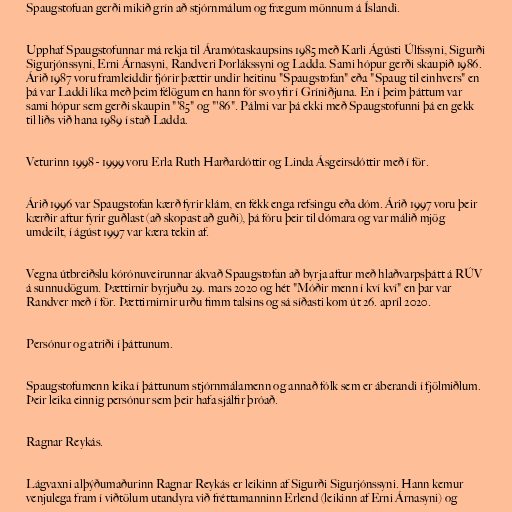
Spaugstofuan gerði mikið grín að stjórnmálum og frægum mönnum á Íslandi.

Upphaf Spaugstofunnar má rekja til Áramótaskaupsins 1985 með Karli Ágústi Úlfssyni, Sigurði
Sigurjónssyni, Erni Árnasyni, Randveri Þorlákssyni og Ladda. Sami hópur gerði skaupið 1986.
Árið 1987 voru framleiddir fjórir þættir undir heitinu "Spaugstofan" eða "Spaug til einhvers" en
þá var Laddi líka með þeim félögum en hann fór svo yfir í Gríniðjuna. En í þeim þáttum var
sami hópur sem gerði skaupin "'85" og "'86". Pálmi var þá ekki með Spaugstofunni þá en gekk
til liðs við hana 1989 í stað Ladda.

Veturinn 1998 - 1999 voru Erla Ruth Harðardóttir og Linda Ásgeirsdóttir með í för.

Árið 1996 var Spaugstofan kærð fyrir klám, en fékk enga refsingu eða dóm. Árið 1997 voru þeir
kærðir aftur fyrir guðlast (að skopast að guði), þá fóru þeir til dómara og var málið mjög
umdeilt, í ágúst 1997 var kæra tekin af.

Vegna útbreiðslu kórónuveirunnar ákvað Spaugstofan að byrja aftur með hlaðvarpsþátt á RÚV
á sunnudögum. Þættirnir byrjuðu 29. mars 2020 og hét "Móðir menn í kví kví" en þar var
Randver með í för. Þættirnirnir urðu fimm talsins og sá síðasti kom út 26. apríl 2020.

Persónur og atriði í þáttunum.

Spaugstofumenn leika í þáttunum stjórnmálamenn og annað fólk sem er áberandi í fjölmiðlum.
Þeir leika einnig persónur sem þeir hafa sjálfir þróað.

Ragnar Reykás.

Lágvaxni alþýðumaðurinn Ragnar Reykás er leikinn af Sigurði Sigurjónssyni. Hann kemur
venjulega fram í viðtölum utandyra við fréttamanninn Erlend (leikinn af Erni Árnasyni) og